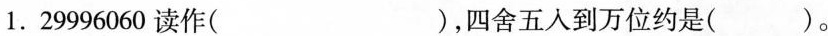
1. 29996060读作( )，四舍五入到万位约是( )。